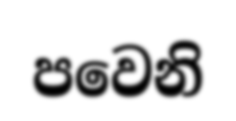
පවෙනි